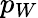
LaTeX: p_{W}